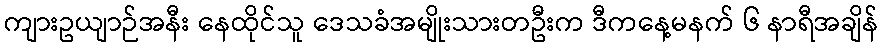
ကျားဥယျာဉ်အနီး နေထိုင်သူ ဒေသခံအမျိုးသားတဦးက ဒီကနေ့မနက် ၆ နာရီအချိန်